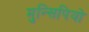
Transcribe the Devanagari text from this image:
मुन्सिपियो